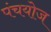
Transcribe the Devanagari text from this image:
पंचयोज